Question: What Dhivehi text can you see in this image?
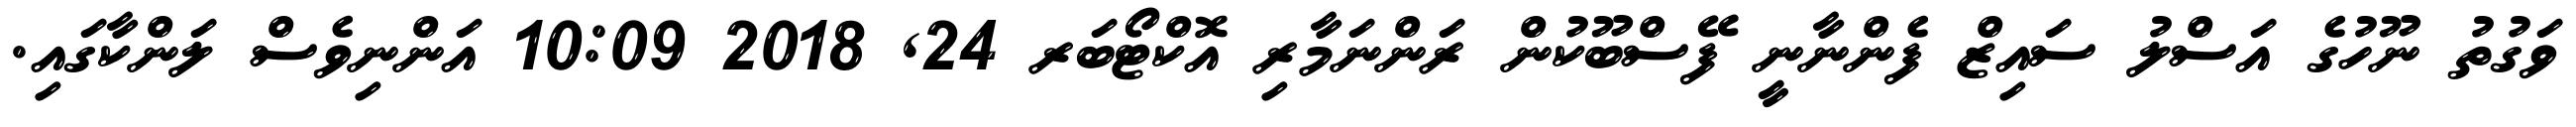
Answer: ވަގުތު ނޫހުގެ އަސްލު ސައިޒް ފެންނާނީ ފޭސްބޫކުން ރަންނަމާރި އޮކްޓޯބަރ 24, 2018 10:09 އަންނިވެސް ލަންކާގައި.